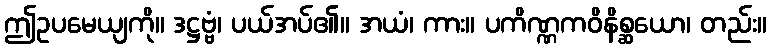
ဤဥပမေယျကို။ ဒဋ္ဌဗ္ဗံ၊ ပယ်အပ်၏။ အယံ၊ ကား။ ပကိဏ္ဏကဝိနိစ္ဆယော၊ တည်း။